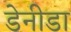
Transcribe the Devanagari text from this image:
डेनीडा